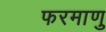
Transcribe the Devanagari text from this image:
फरमाणु